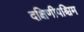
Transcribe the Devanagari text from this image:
दक्षिणीपश्चिम